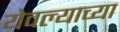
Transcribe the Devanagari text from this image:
येवल्याच्या